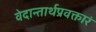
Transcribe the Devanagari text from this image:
वेदान्तार्थप्रवक्तारं